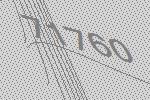
71760